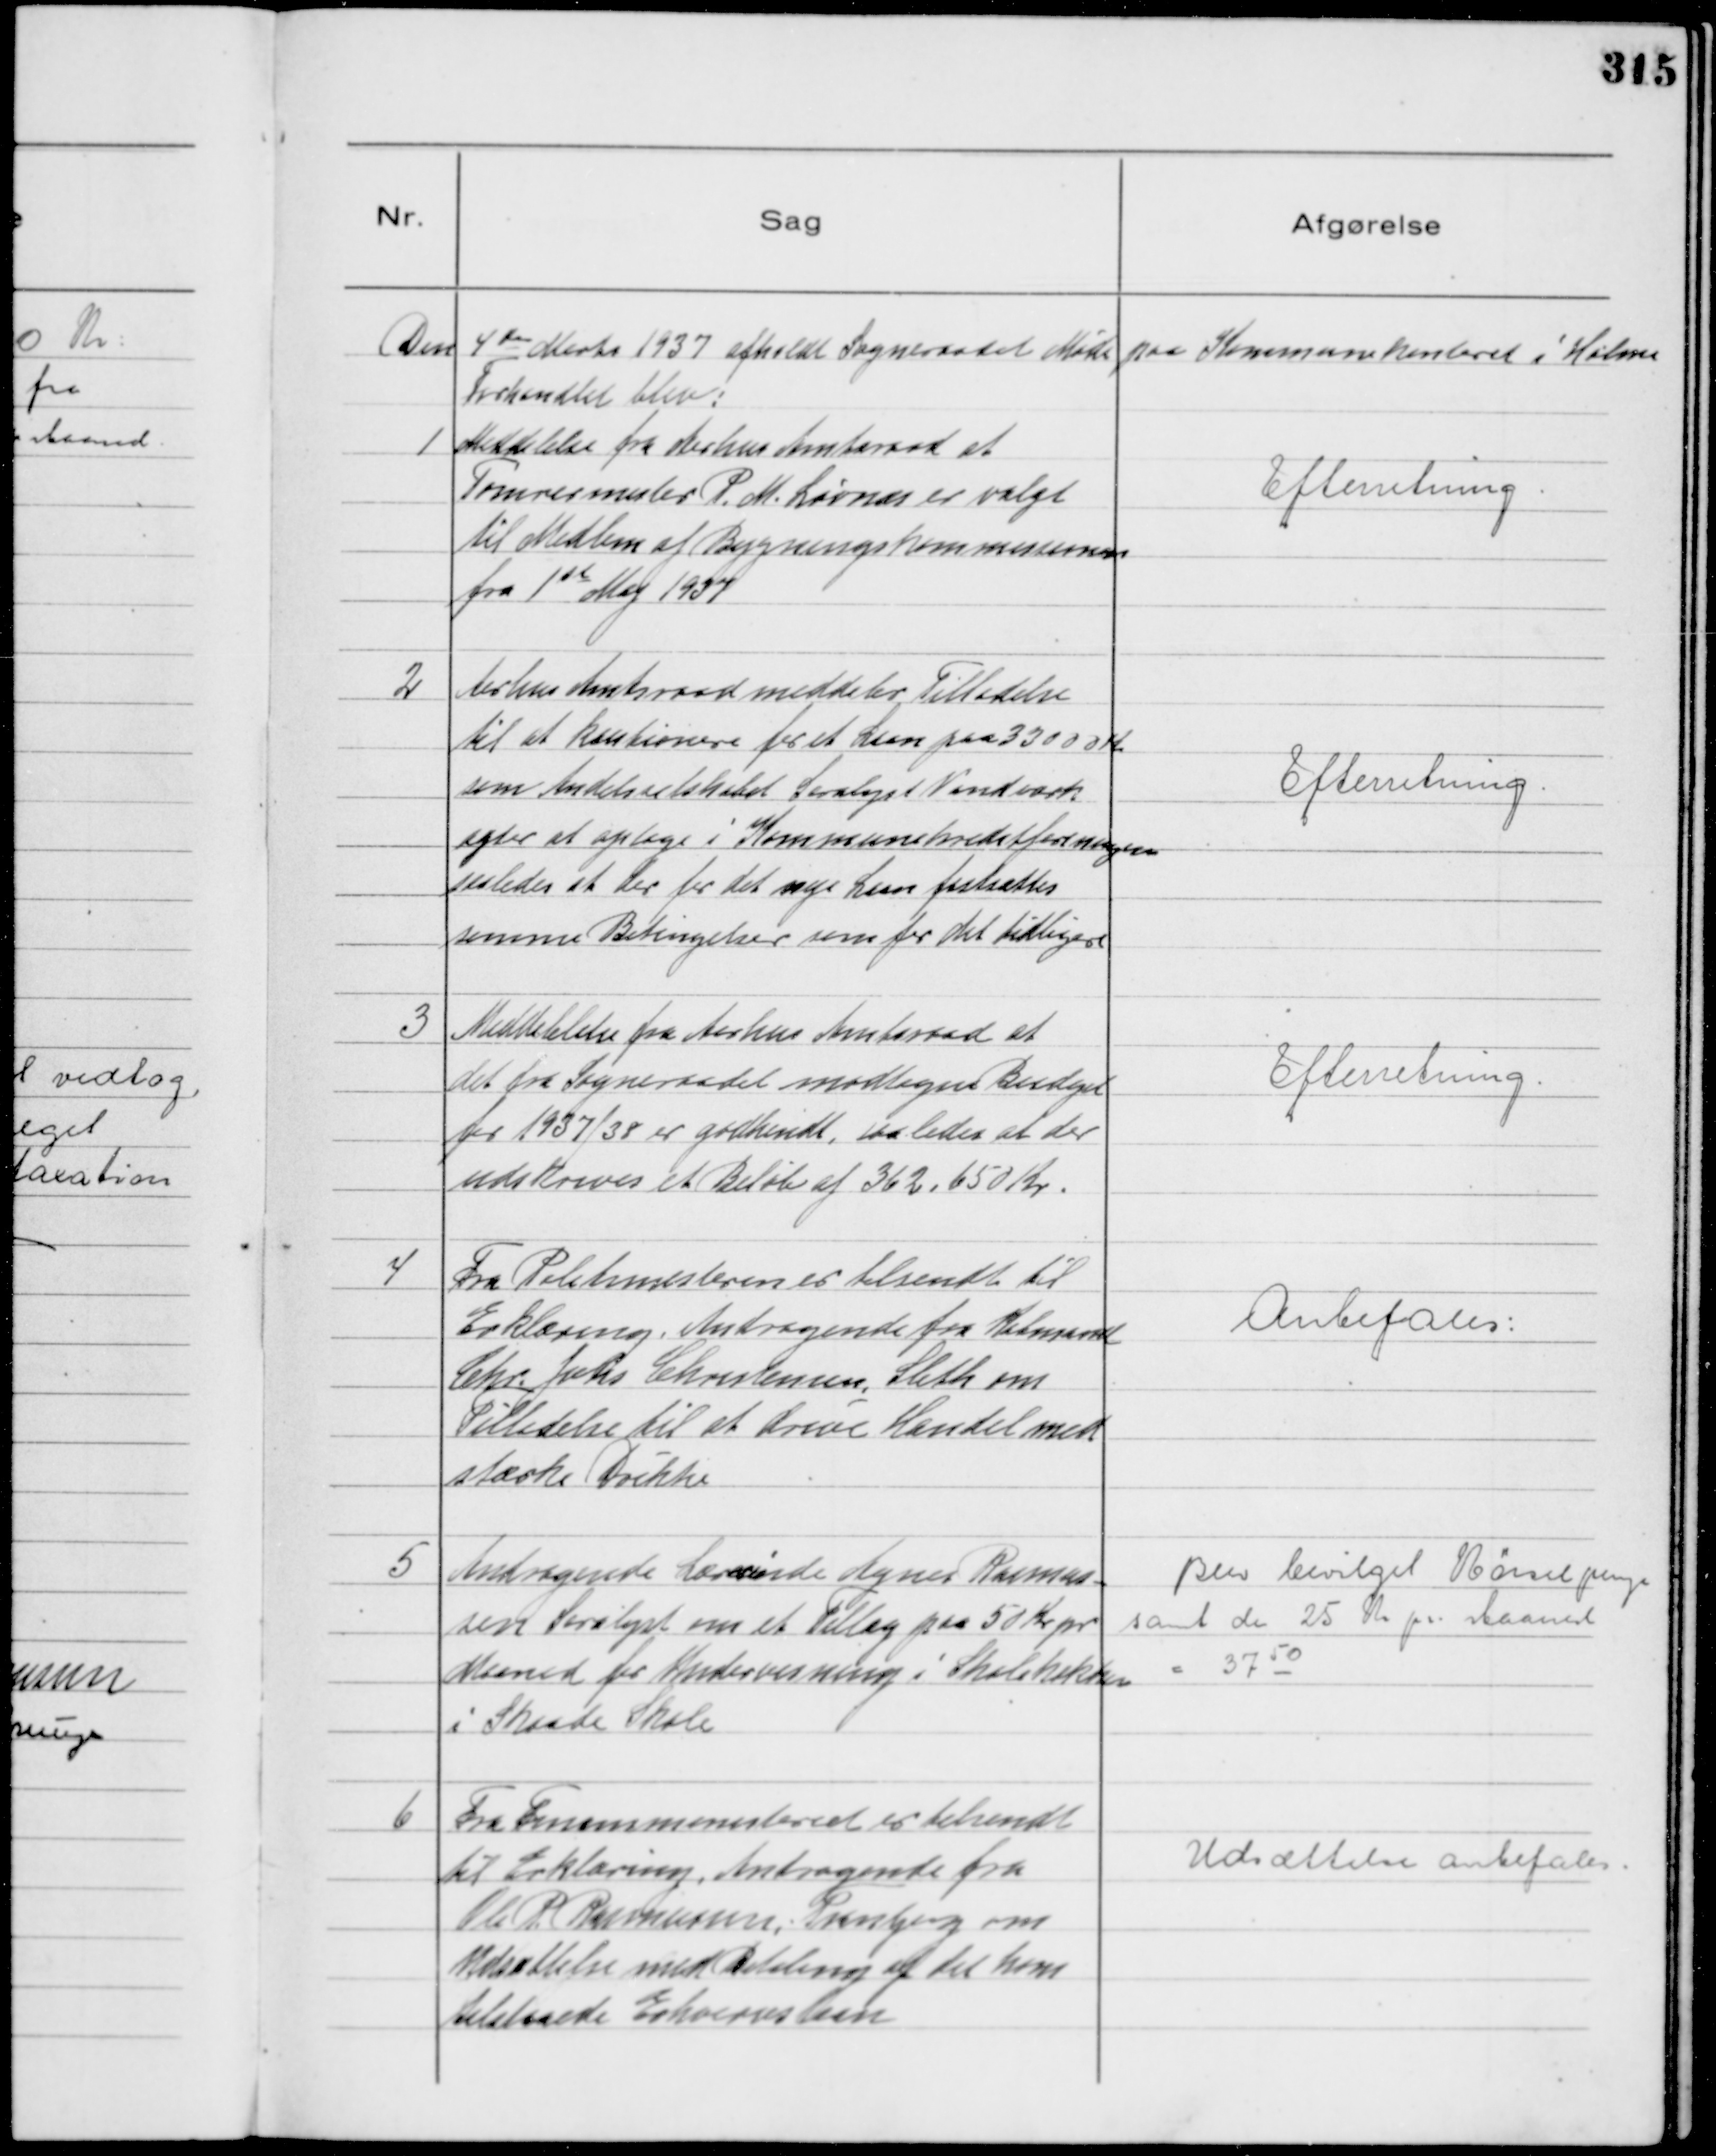
Transskription:
Den 4 de Marts 1937 afholdt Sogneraadet Møde paa
Kommunekontoret i Holme
Forhandlet blev:

1
Meddelelse fra Aarhus Amtsraad at
Tømrermester P. M. Løvnæs er valgt
til Medlem af Bygningskommissionen
fra

1st Maj 1937

Efterretning.

2
Aarhus Amtsraad meddeler Tilladelse
til at kautionere for et Laan paa 33000 Kr
som Andelsselskabet Saralyst Vandværk
agter at optage i Kommunekreditforeningen
saaledes at der for det nye Laan fastsættes
samme Betingelser som for det tidligere

Efterretning.

3
Meddelelelse fra Aarhus Amtsraad at
det fra Sogneraadet modtagne Budget
for 1937/38 er godkendt, saaledes at der
udskrives et Beløb af 362.650 Kr.

Efterretning.

4
Fra Politimesteren er tilsendt til
Erklæring, Andragende fra Købmand
Chr. Johs Christensen, Sleth om
Tilladelse til at drive Handel med
stærke Drikke

Anbefales:

5
Andragende Lærerinde Agnes Rasmus-
sen Saralyst om et Tillæg paa 50 Kr pr
Maaned for Undervisning i Skolekøkken
i Skaade Skole

Blev bevilget Kørselpenge
samt de 25 Kr pr. Maaned
= 37 50

6
Fra Finansministeriet er tilsendt
til Erklæring, Andragende fra
Ole P. Rasmussen, Tranbjerg om
Udsættelse med Betaling af det ham
tilstaaede Erhvervslaan

Udsættelse anbefales.